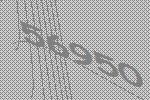
56950